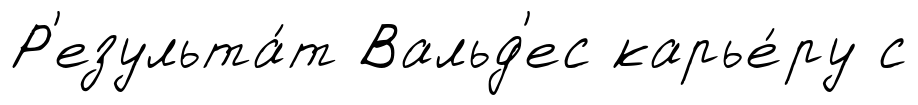
Р'езульта́т Вальд'ес карье́ру с